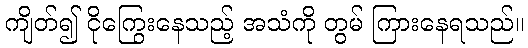
ကျိတ်၍ ငိုကြွေးနေသည့် အသံကို တွမ် ကြားနေရသည်။